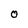
Character: 0